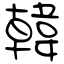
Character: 韓